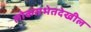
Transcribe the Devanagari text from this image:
लोकसभेतदेखील